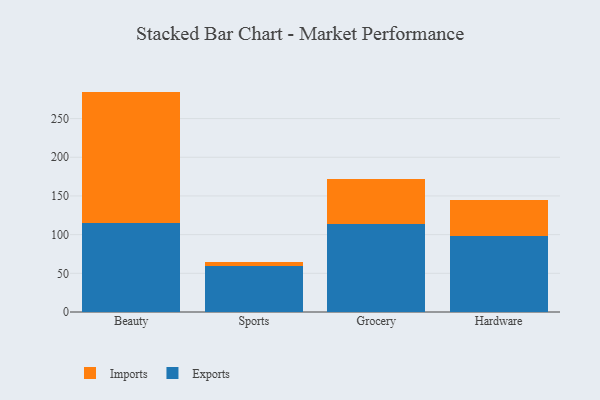
{"axis": {"x": "Category", "y": "Population (Million)"}, "legend": ["Exports", "Imports"], "data": [{"x": "Beauty", "y": 114.5, "type": "Exports"}, {"x": "Beauty", "y": 170.4, "type": "Imports"}, {"x": "Sports", "y": 59.6, "type": "Exports"}, {"x": "Sports", "y": 5.3, "type": "Imports"}, {"x": "Grocery", "y": 114.3, "type": "Exports"}, {"x": "Grocery", "y": 57.1, "type": "Imports"}, {"x": "Hardware", "y": 98.7, "type": "Exports"}, {"x": "Hardware", "y": 46.7, "type": "Imports"}]}